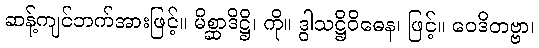
ဆန့်ကျင်ဘက်အားဖြင့်။ မိစ္ဆာဒိဋ္ဌိ၊ ကို။ ဒွါသဋ္ဌိဝိဓေန၊ ဖြင့်။ ဝေဒိတဗ္ဗာ၊